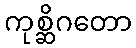
ကုစ္ဆိဂတော